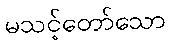
မသင့်တော်သော